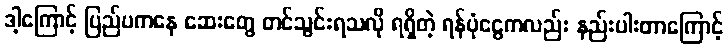
ဒါ့ကြောင့် ပြည်ပကနေ ဆေးတွေ တင်သွင်းရသလို ရရှိတဲ့ ရန်ပုံငွေကလည်း နည်းပါးတာကြောင့်